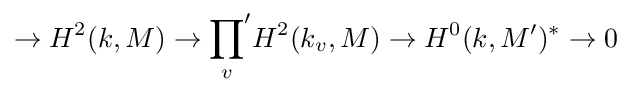
\rightarrow H^{2}(k,M)\rightarrow {\prod _{v}}'H^{2}(k_{v},M)\rightarrow H^{0}(k,M')^{*}\rightarrow 0